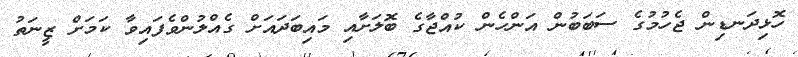
ހޮޅިދަނޑިން ޖެހުމުގެ ސަބަބުން އަންހެން ކުއްޖާގެ ބޮލަށާއި މައިބަދައަށް ގެއްލުންވެފައިވާ ކަމަށް ޒީނަތު